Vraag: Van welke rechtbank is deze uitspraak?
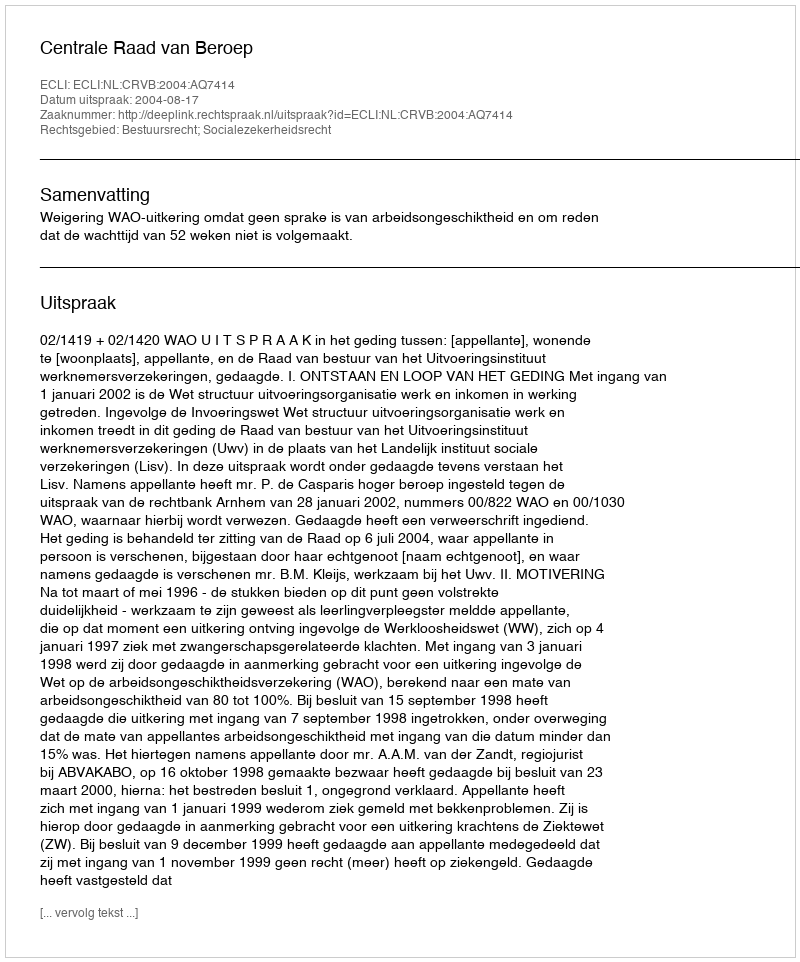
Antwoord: Centrale Raad van Beroep